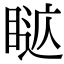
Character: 𥈚